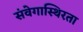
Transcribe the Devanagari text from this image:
संवेगास्थिरता